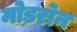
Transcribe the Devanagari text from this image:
मोडरोन